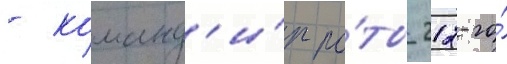
- команд'и́р ро́ты 212-го́